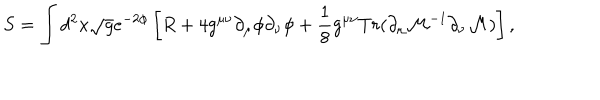
S = \int d ^ { 2 } x \sqrt { g } e ^ { - 2 \phi } \left[ R + 4 g ^ { \mu \nu } \partial _ { \mu } \phi \partial _ { \nu } \phi + \frac { 1 } { 8 } g ^ { \mu \nu } T r ( \partial _ { \mu } { \cal M } ^ { - 1 } \partial _ { \nu } { \cal M } ) \right] ,